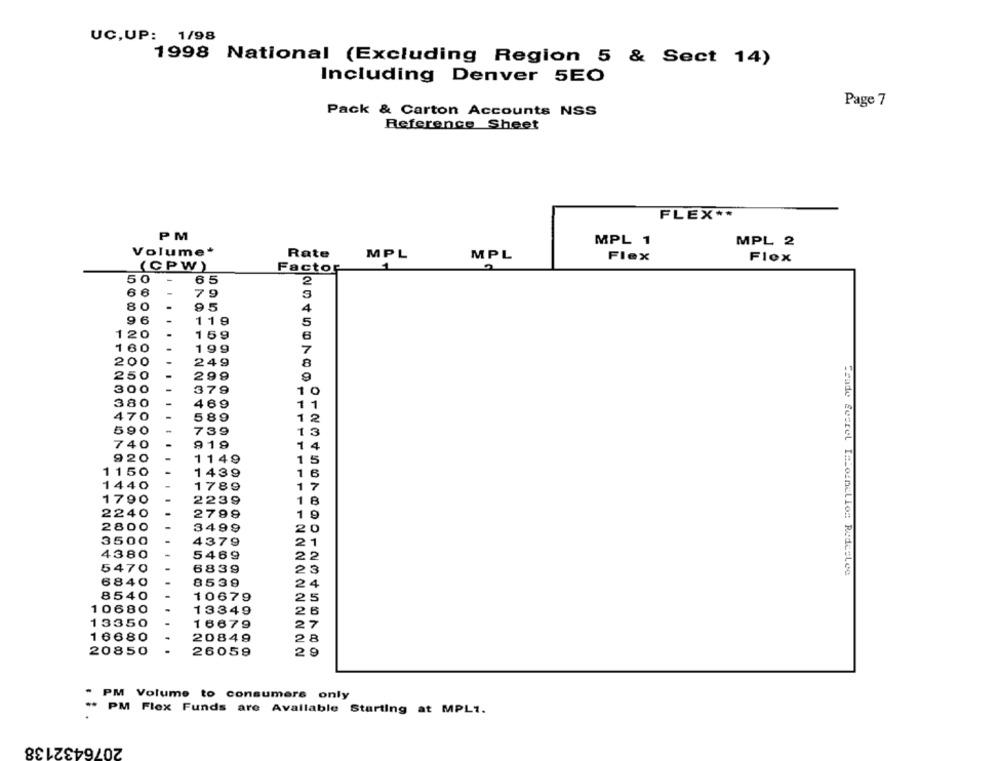
UC,UP: 1/98
1998 National (Excluding Region 5 & Sect 14)
Including Denver 5EO
Page 7
Pack & Carton Accounts NSS
Reference Sheet
FLEX **
PM
MPL 1
MPL 2
Volume*
Rate
MPL
MPL
Flex
Flex
(CPW)
Factor
50
-
65
2
68
79
3
80
95
4
96
-
119
5
120
15g
6
160
199
7
200
249
8
250
299
30
0
379
10
380
469
1 1
47
589
12
59
739
13
7
18
14
9
1149
1 5
115
1439
1 6
144
178
17
179
223
9
1 8
2240
2799
19
280
3499
20
35
4379
21
438
5469
2
547
6839
23
Trade Secret I koznillo: Redetlee
684
8539
24
854
10679
5
0680
13349
26
335
16679
16680
20849
20850
26059
" PM Volume to consumers only
** PM Flex Funds are Available Starting at MPL1.
2076432138